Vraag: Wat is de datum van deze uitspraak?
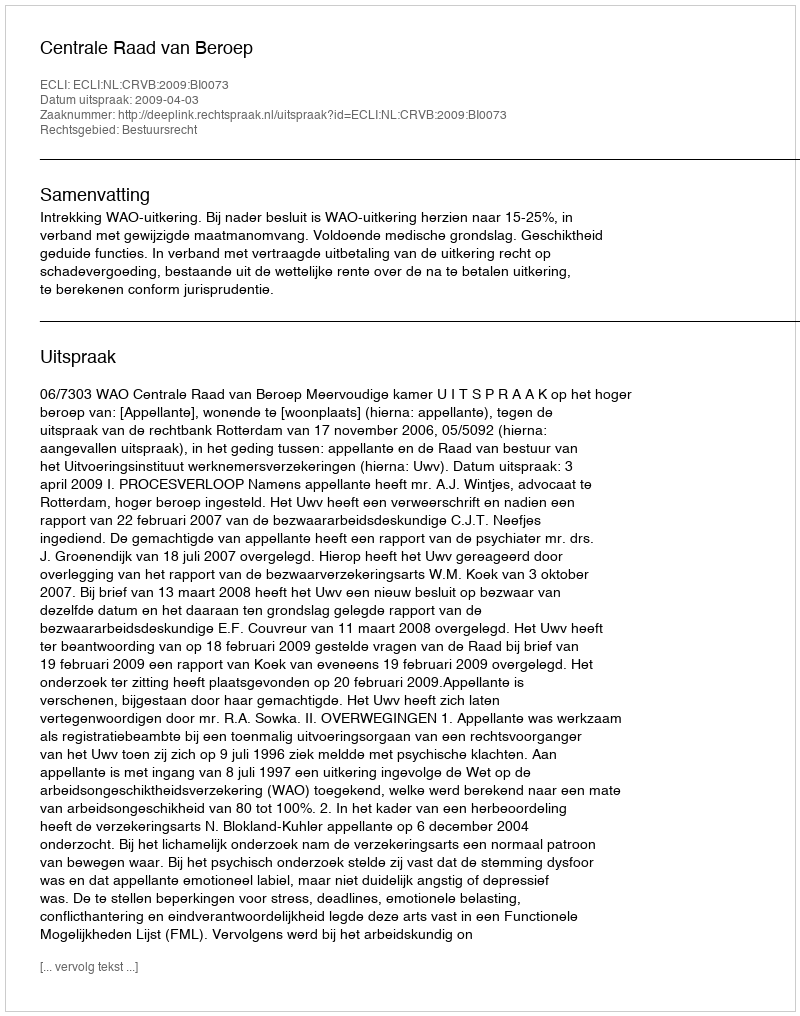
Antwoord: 2009-04-03